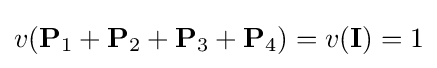
v(\mathbf {P} _{1}+\mathbf {P} _{2}+\mathbf {P} _{3}+\mathbf {P} _{4})=v(\mathbf {I} )=1